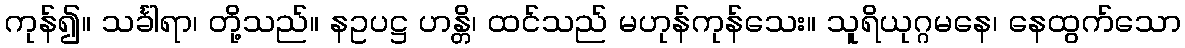
ကုန်၍။ သင်္ခါရာ၊ တို့သည်။ နဥပဋ္ဌ ဟန္တိ၊ ထင်သည် မဟုန်ကုန်သေး။ သူရိယုဂ္ဂမနေ၊ နေထွက်သော